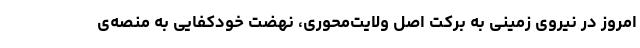
امروز در نیروی زمینی به برکت اصل ولایت‌محوری، نهضت خودکفایی به منصه‌ی